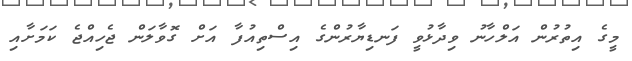
މީގެ އިތުރުން އަލްހާނު ވިދާޅުވީ ފަނޑިޔާރުންގެ އިސްތިއުފާ އަށް ގޮވާލަން ޖެހިއްޖެ ކަމަށާއި